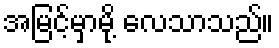
အမြင့်မှာမို့ လေသာသည်။